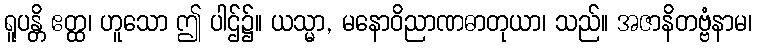
ရူပန္တိ ဧတ္ထ၊ ဟူသော ဤ ပါဌ်၌။ ယသ္မာ, မနောဝိညာဏဓာတုယာ၊ သည်။ အဇာနိတဗ္ဗံနာမ၊